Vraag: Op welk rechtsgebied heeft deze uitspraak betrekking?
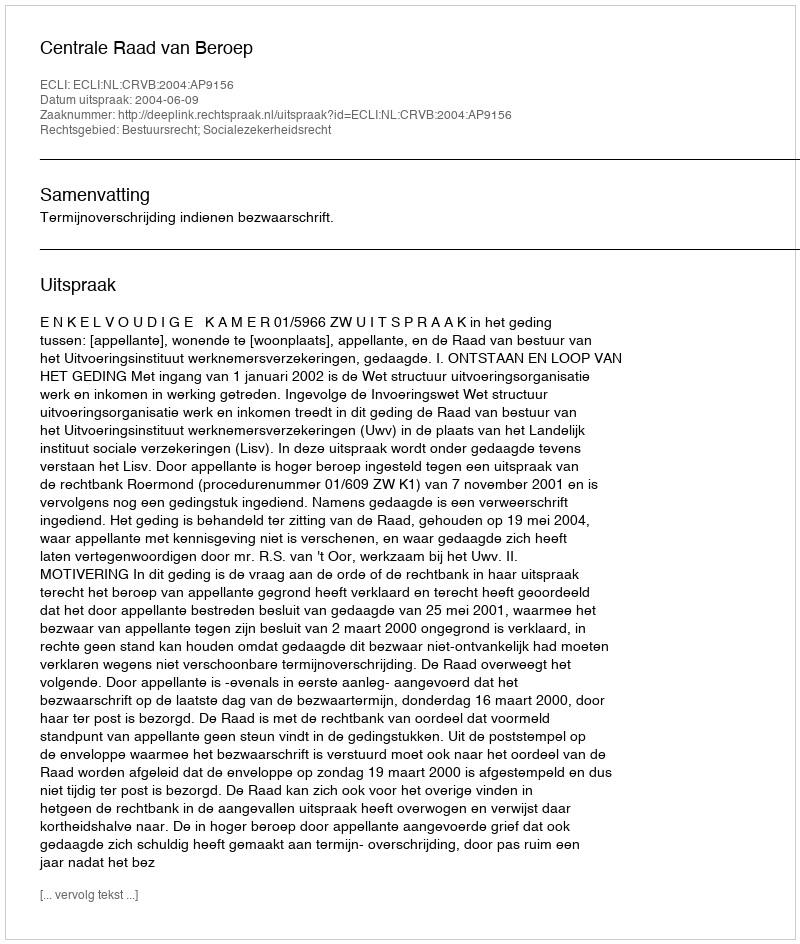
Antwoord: Bestuursrecht; Socialezekerheidsrecht